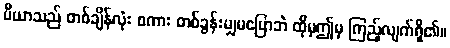
ပီယာသည် တစ်ချိန်လုံး စကား တစ်ခွန်းမျှမပြောဘဲ ထိုမှဤမှ ကြည့်လျက်ရှိ၏။